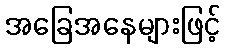
အခြေအနေများဖြင့်